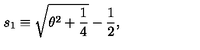
s _ { 1 } \equiv \sqrt { \theta ^ { 2 } + \frac { 1 } { 4 } } - \frac { 1 } { 2 } ,